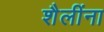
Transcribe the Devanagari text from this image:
शैलींना